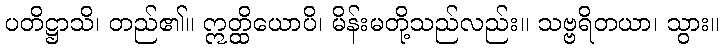
ပတိဋ္ဌာသိ၊ တည်၏။ ဣတ္ထိယောပိ၊ မိန်းမတို့သည်လည်း။ သဗ္ဗရိတယာ၊ သွား။